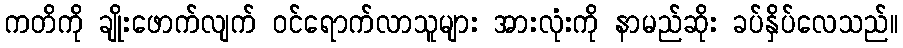
ကတိကို ချိုးဖောက်လျက် ဝင်ရောက်လာသူများ အားလုံးကို နာမည်ဆိုး ခပ်နှိပ်လေသည်။